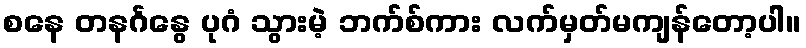
စနေ တနင်္ဂနွေ ပုဂံ သွားမဲ့ ဘက်စ်ကား လက်မှတ်မကျန်တော့ပါ။